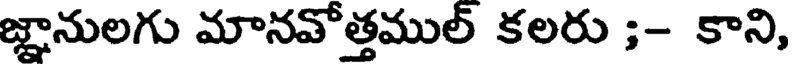
జ్ఞానులగు మానవోత్తముల్ కలరు ;- కాని,